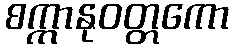
စက္ကာနုဝတ္တကော